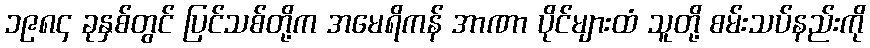
၁၉၈၄ ခုနှစ်တွင် ပြင်သစ်တို့က အမေရိကန် အာဏာ ပိုင်များထံ သူတို့ စမ်းသပ်နည်းကို